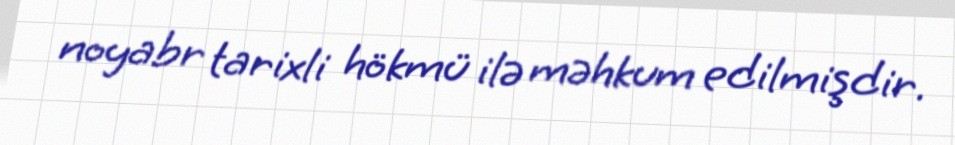
noyabr tarixli hökmü ilə məhkum edilmişdir.